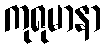
ကုရုမာနာ